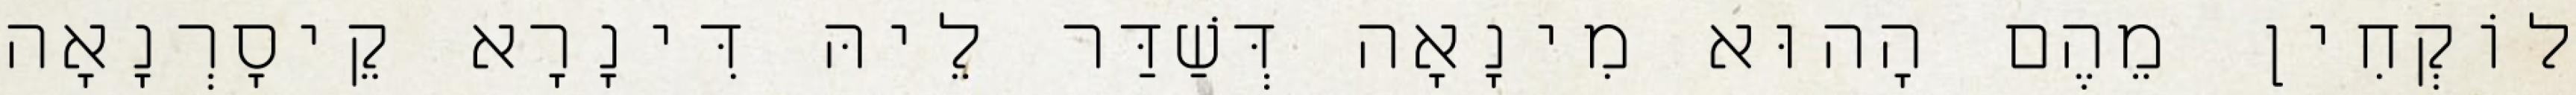
לוֹקְחִין מֵהֶם הָהוּא מִינָאָה דְּשַׁדַּר לֵיהּ דִּינָרָא קֵיסָרְנָאָה